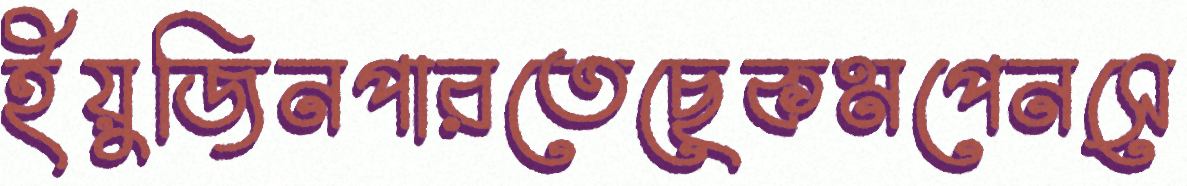
ইয়ুজিনপারতেছেকমপেনসে